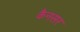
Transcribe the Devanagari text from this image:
कैनसर